Indian journal of veterinary science and animal husbandry - Volumes 24-25, 1954-1955
Year: 1954
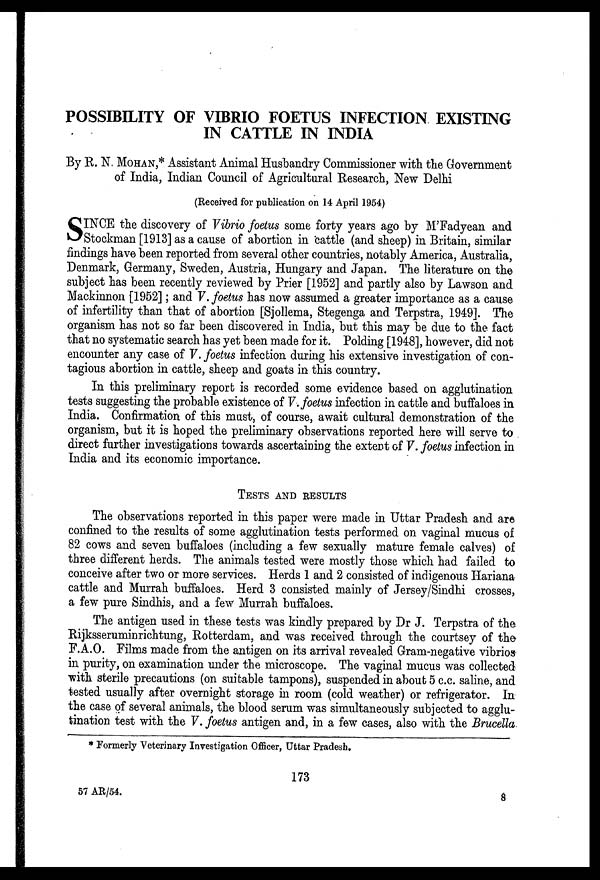
POSSIBILITY OF VIBRIO FOETUS INFECTION EXISTING
IN CATTLE IN INDIA
By R. N. MOHAN,* Assistant Animal Husbandry Commissioner with the Government
of India, Indian Council of Agricultural Research, New Delhi
(Received for publication on 14 April 1954)
S INCE the discovery of Vibrio foetus some forty years ago by M'Fadyean and
Stockman [1913] as a cause of abortion in cattle (and sheep) in Britain, similar
findings have been reported from several other countries, notably America, Australia,
Denmark, Germany, Sweden, Austria, Hungary and Japan. The literature on the
subject has been recently reviewed by Prier [1952] and partly also by Lawson and
Mackinnon [1952]; and V. foetus has now assumed a greater importance as a cause
of infertility than that of abortion [Sjollema, Stegenga and Terpstra, 1949]. The
organism has not so far been discovered in India, but this may be due to the fact
that no systematic search has yet been made for it. Polding [1948], however, did not
encounter any case of V. foetus infection during his extensive investigation of con-
tagious abortion in cattle, sheep and goats in this country.
In this preliminary report is recorded some evidence based on agglutination
tests suggesting the probable existence of V. foetus infection in cattle and buffaloes in
India. Confirmation of this must, of course, await cultural demonstration of the
organism, but it is hoped the preliminary observations reported here will serve to
direct further investigations towards ascertaining the extent of V. foetus infection in
India and its economic importance.
TESTS AND RESULTS
The observations reported in this paper were made in Uttar Pradesh and are
confined to the results of some agglutination tests performed on vaginal mucus of
82 cows and seven buffaloes (including a few sexually mature female calves) of
three different herds. The animals tested were mostly those which had failed to
conceive after two or more services. Herds 1 and 2 consisted of indigenous Hariana
cattle and Murrah buffaloes. Herd 3 consisted mainly of Jersey/Sindhi crosses,
a few pure Sindhis, and a few Murrah buffaloes.
The antigen used in these tests was kindly prepared by Dr J. Terpstra of the.
Rijksseruminrichtung, Rotterdam, and was received through the courtsey of the
F.A.O. Films made from the antigen on its arrival revealed Gram-negative vibrios
in purity, on examination under the microscope. The vaginal mucus was collected
with sterile precautions (on suitable tampons), suspended in about 5 c.c. saline, and
tested usually after overnight storage in room (cold weather) or refrigerator. In
the case of several animals, the blood serum was simultaneously subjected to agglu-
tination test with the V. foetus antigen and, in a few cases, also with the Brucella
* Formerly Veterinary Investigation Officer, Uttar Pradesh.
173
57 AR/54.
8